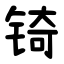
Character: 锜